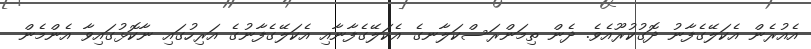
އެއުރެން އެކަލޭގެފާނު ދޮގުކުރޫއެވެ. ދެން ތިމަންރަސްކަލާނގެ އެކަލޭގެފާނާއި އެކަލޭގެފާނުގެ އަރިހުގައި ނާކޮޅުގައިވާ އެންމެން